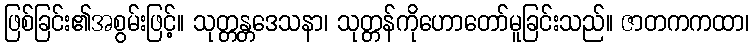
ဖြစ်ခြင်း၏အစွမ်းဖြင့်။ သုတ္တန္တဒေသနာ၊ သုတ္တန်ကိုဟောတော်မူခြင်းသည်။ ဇာတကကထာ၊